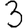
Digit: 3